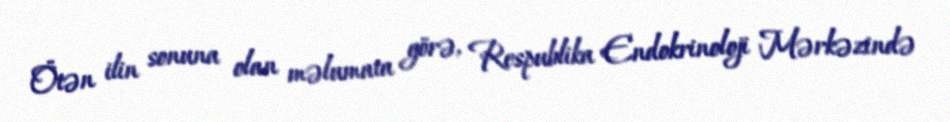
Ötən ilin sonuna olan məlumata görə, Respublika Endokrinoloji Mərkəzində